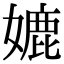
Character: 㜙